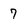
Character: 7